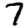
Digit: 7